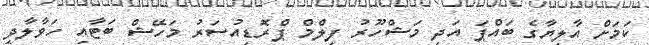
ކަމަށް އާލިޔާގެ ބައްޕަ އަދި މަޝްހޫރު ފިލްމް ޕްރޮޑިއުސަރު މަހޭޝް ބަޓާއި ހަވާލާދީ